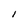
Character: I